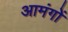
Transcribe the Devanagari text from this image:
आमंगों